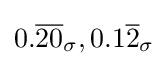
0.{\overline {20}}_{\sigma },0.1{\overline {2}}_{\sigma }